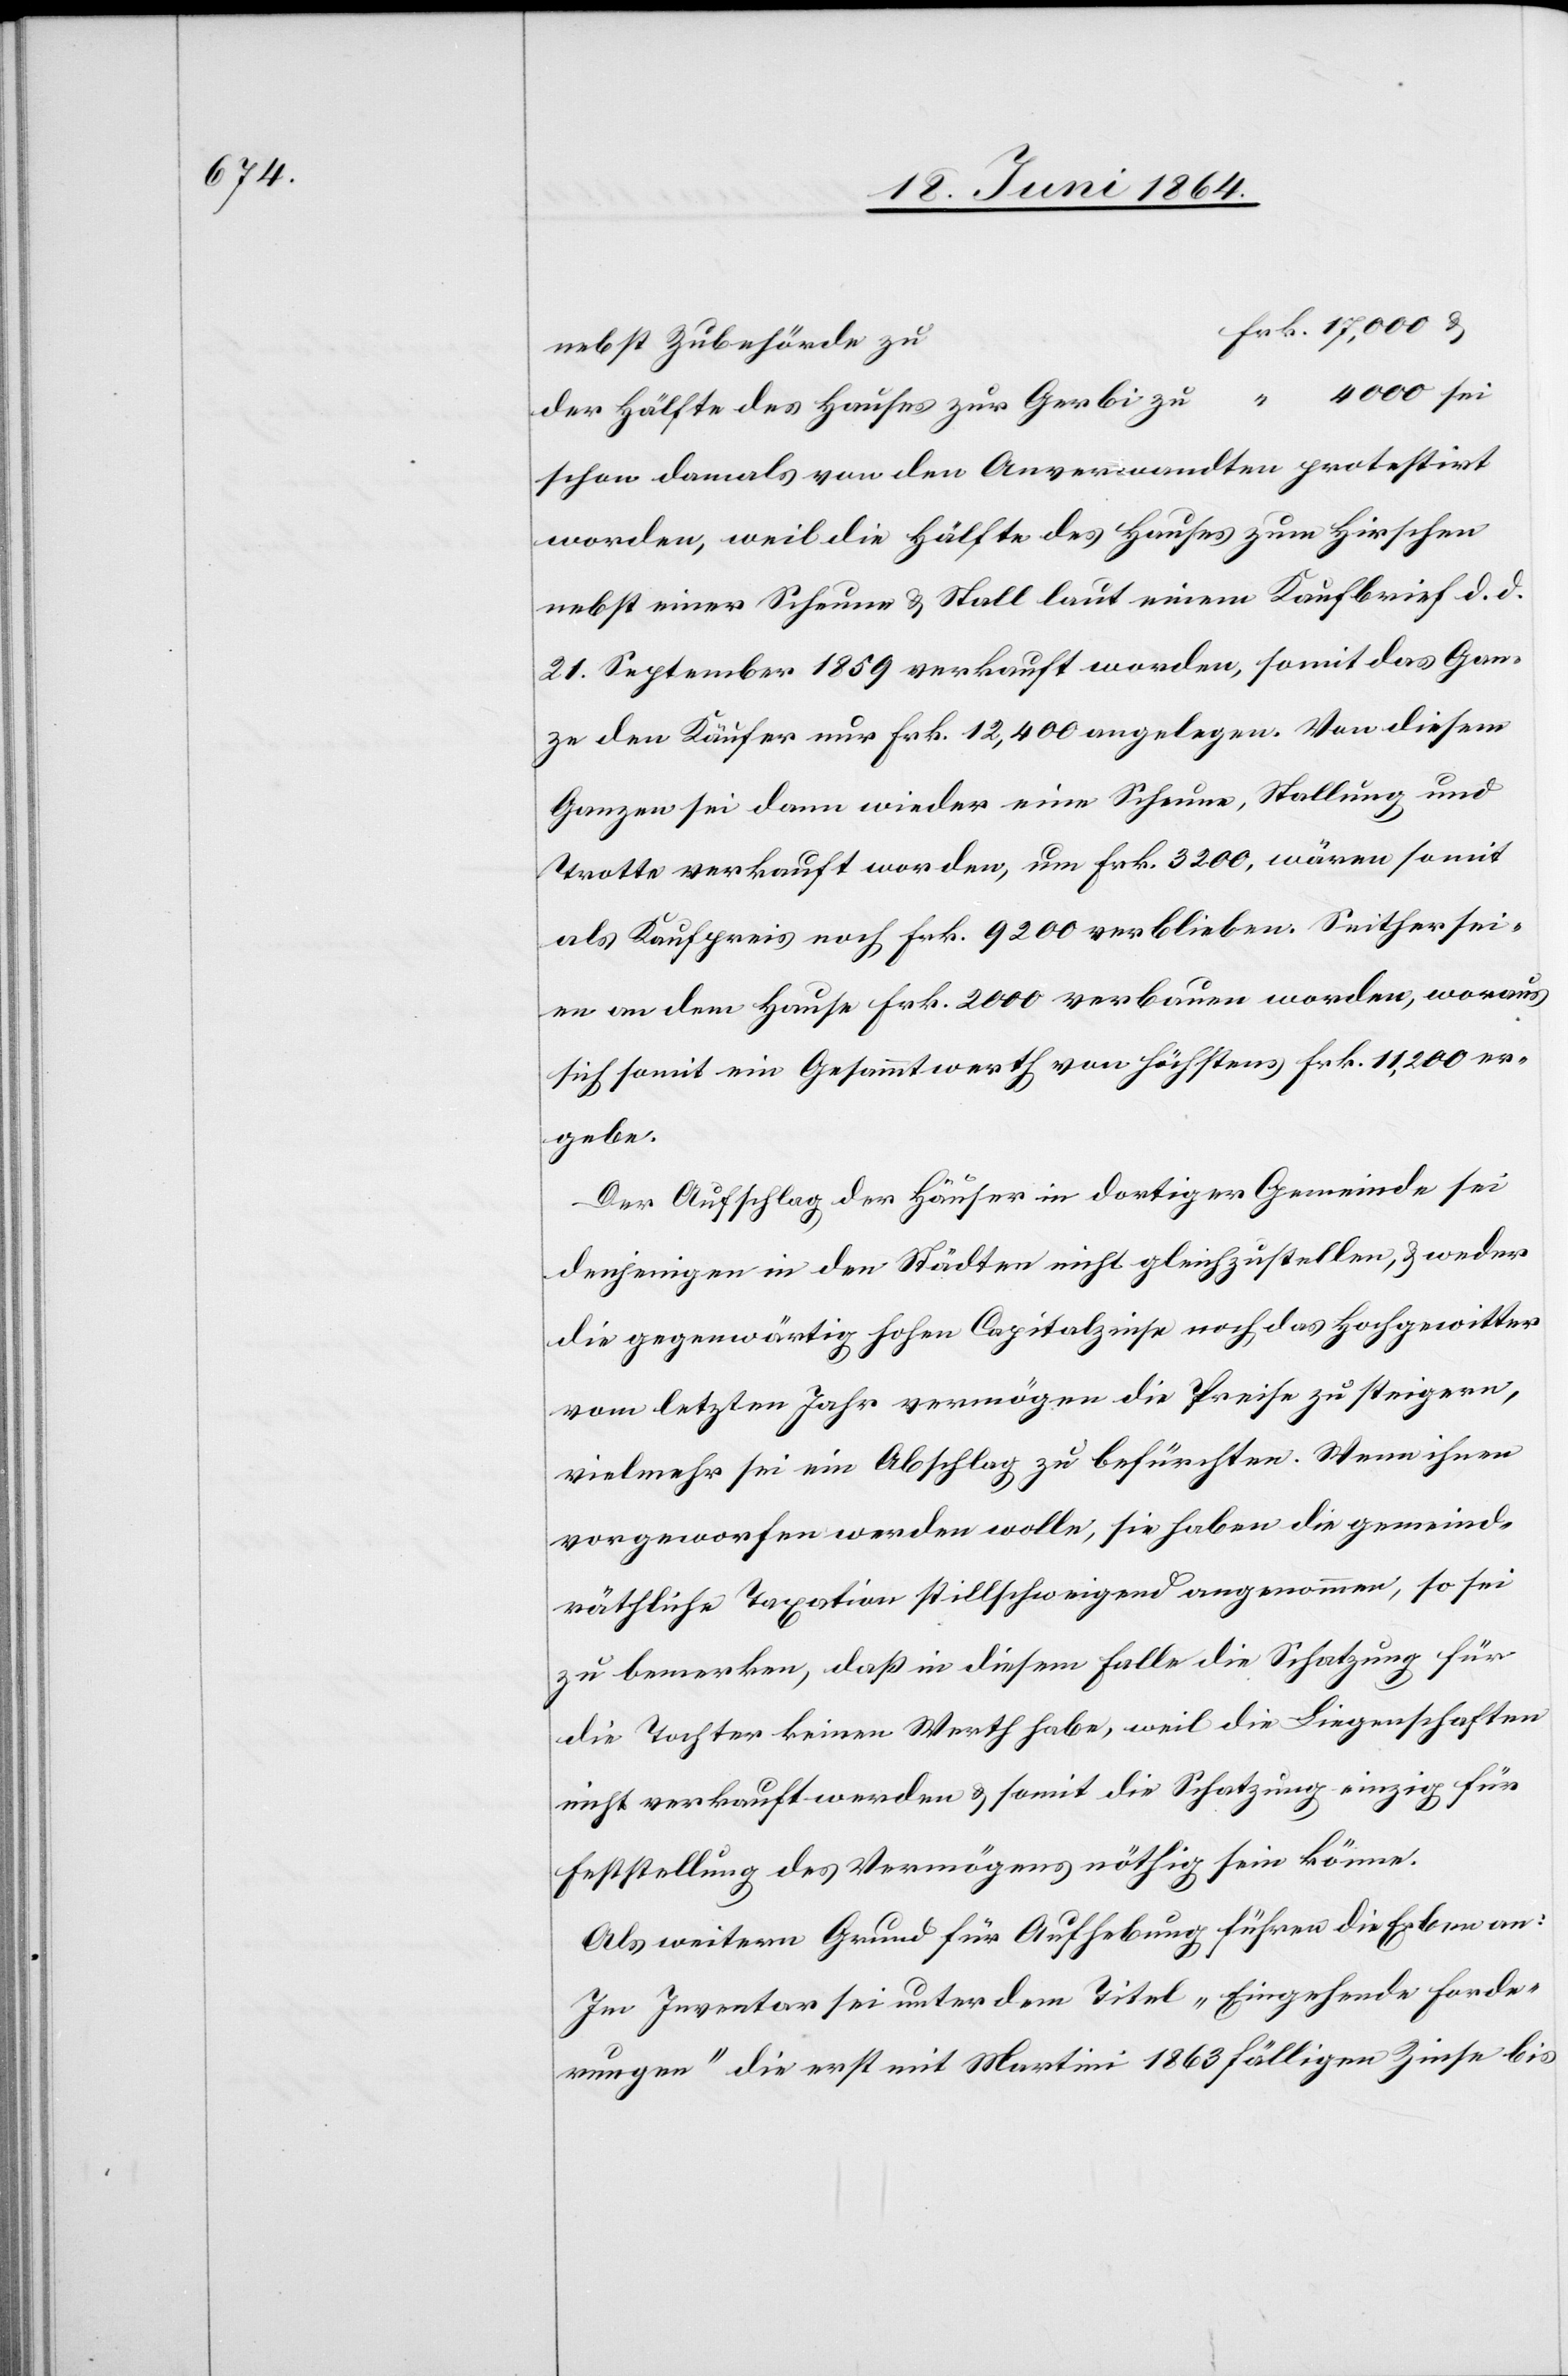
u		Frk. 17,000 u.
nebst Zubehörde z¬
der Hälfte des Hauses zur Gerbi zu				 “ 4000 sei
schon damals von den Anverwandten protestirt
worden, weil die Hälfte des Hauses zum Hirschen
nebst einer Scheune u. Stall laut einem Kaufbrief d. d.
21. September 1859 verkauft worden, somit das Gan¬
ze den Käufer nur Frk. 12,400 angelegen. Von diesem
Ganzen sei dann wieder eine Scheune, Stallung, und
Trotte verkauft worden, um Frk. 3200, wären somit
als Kaufpreis noch Frk. 9200 verblieben. Seither sei¬
en an dem Hause Frk. 2000 verbauen worden, woraus
sich somit ein Gesammtwerth von höchstens Frk. 11,200 er¬
gebe.
Der Aufschlag der Häuser in dortiger Gemeinde sei
denjenigen in den Städten nicht gleichzustellen, u. weder
die gegenwärtig hohen Capitalzinse noch das Hochgewitter
vom letzten Jahr vermögen die Preise zu steigern,
vielmehr sei ein Abschlag zu befürchten. Wenn ihnen
vorgeworfen werden wolle, sie haben die gemeind¬
räthliche Taxation stillschweigend angenommen, so sei
zu bemerken, daß in diesem Falle die Schatzung für
die Tochter keinen Werth habe, weil die Liegenschaften
nicht verkauft werden u. somit die Schatzung einzig für
Feststellung des Vermögens nöthig sein könne.
Als weitern Grund für Aufhebung führen die Erben an:
Im Inventar sei unter dem Titel „Eingehende Forde¬
rungen“ die erst mit Martini 1863 fälligen Zinse bis